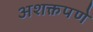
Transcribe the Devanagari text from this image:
अशक्तपणे